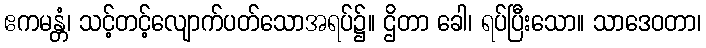
ဧကမန္တံ၊ သင့်တင့်လျောက်ပတ်သောအရပ်၌။ ဌိတာ ခေါ၊ ရပ်ပြီးသော။ သာဒေဝတာ၊